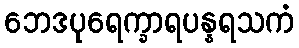
ဘေဒပုရေက္ခာရပန္နရသကံ